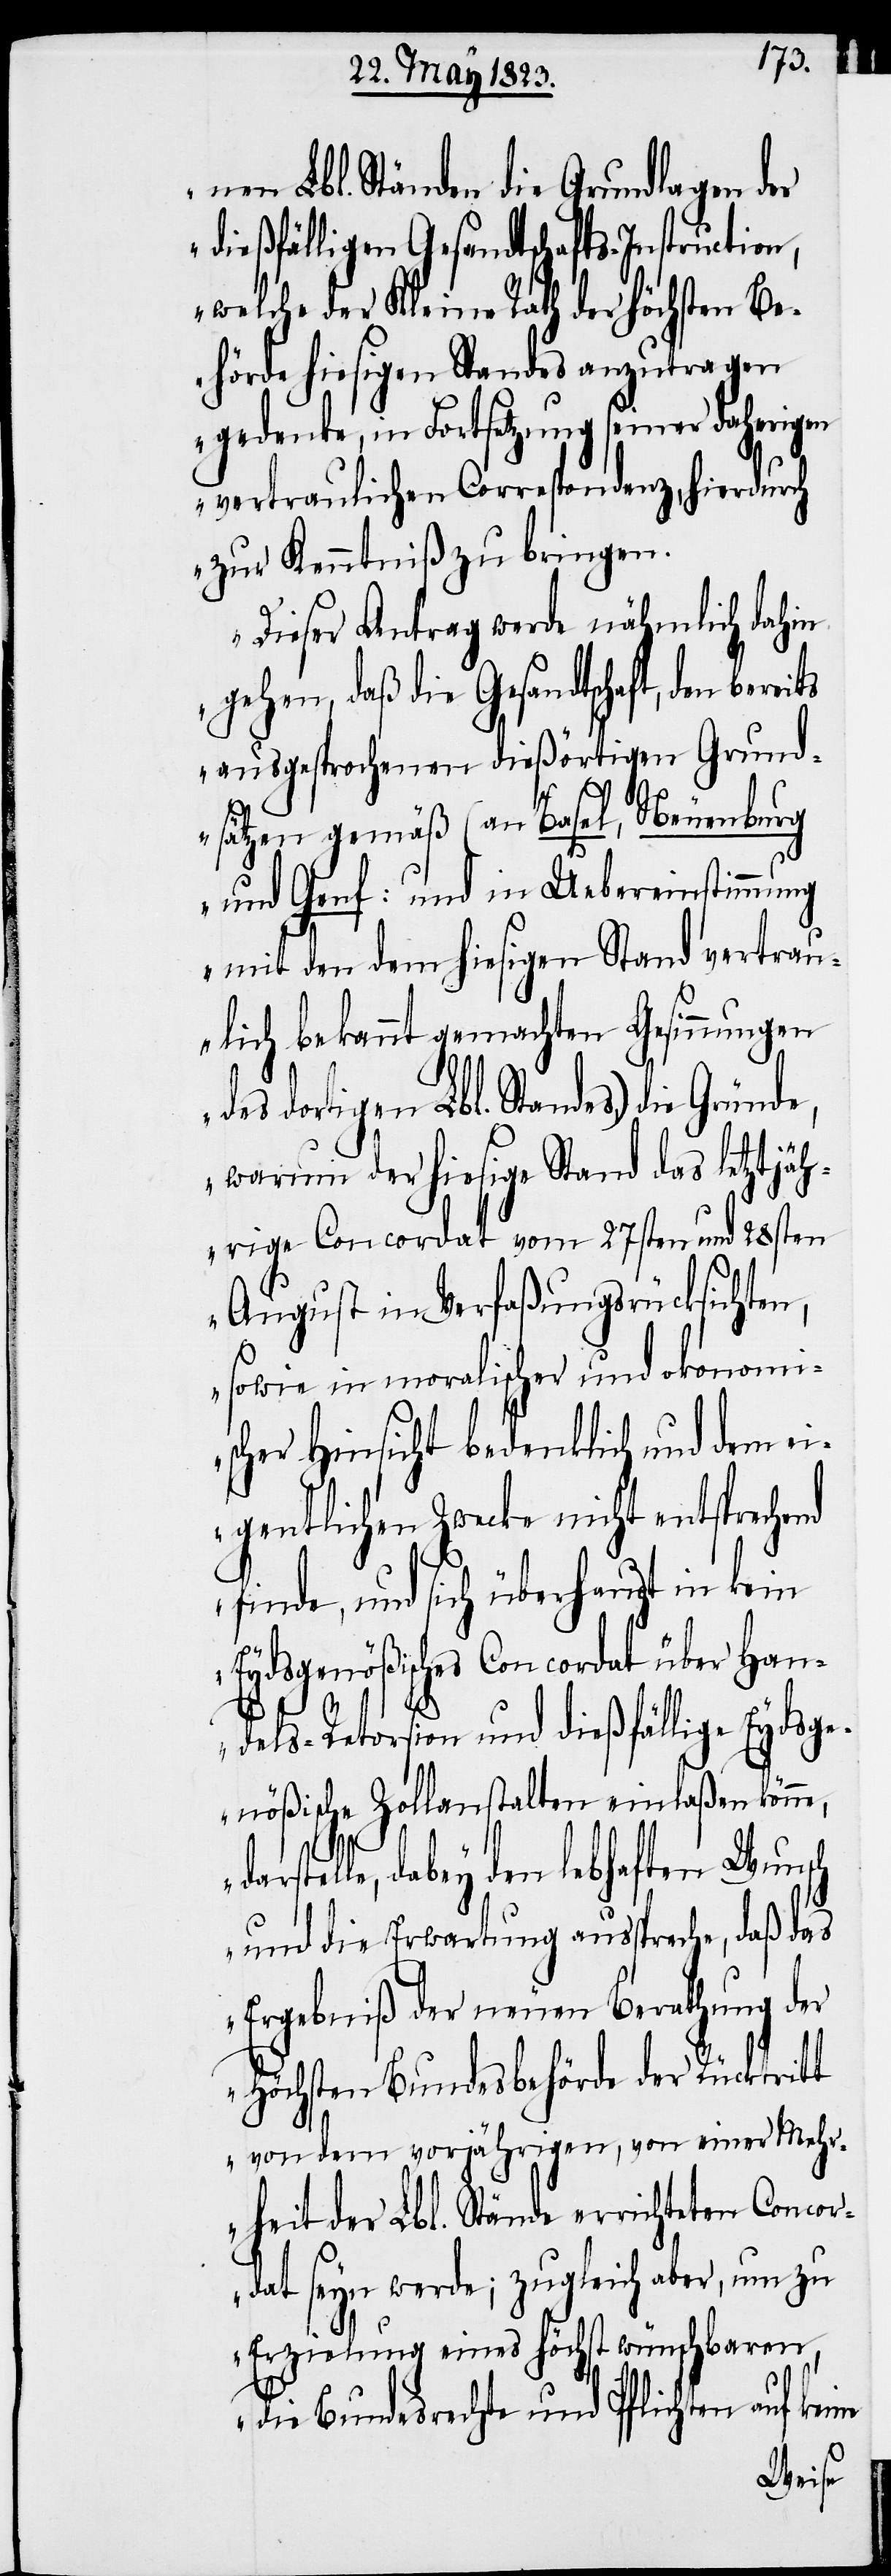
nd
nen Lbl. Ständen die Grundlagen der
dießfälligen Gesandtschafts-Instruction,
welche der Kleine Rath der höchsten Be¬
hörde hiesigen Standes anzutragen
gedenke, in Fortsetzung seiner daherigen
vertraulichen Correspondenz, hierdurch
zur Kenntniß zu bringen.
Dieser Antrag werde nähmlich dahin
gehen, daß die Gesandtschaft, den
ausgesprochenen dießörtigen Grund¬
sätzen gemäß (an Basel, Neuenburg
und Genf: und in Uebereinstimmung
mit den dem hiesigen Stand vertrau¬
lich bekannt gemachten Gesinnungen
des dortigen Lbl. Standes,) die
warum der hiesige Stand das letztjäh¬
rige Concordat vom 27sten und 28sten
August in Verfaßungsrücksichten,
sowie in moralischer und okonomi¬
Hinsicht bedenklich und dem ei¬
gentlichen Zwecke nicht entspreche¬
finde, und sich überhaupt in kein
Eydsgenößisches Concordat über Han¬
dels-Retorsion und dießfällige Eydsge¬
nößische Zollanstalten einlaßen könne,
telle, dabey den lebhaften Wunsch
und die Erwartung ausspreche, daß das
Ergebniß der neuen Berathung der
höchsten Bundesbehörde der Rücktritt
von dem vorjährigen, von einer Mehr¬
heit der Lbl. Stände errichteten Concor¬
dat seyn werde; zugleich aber, um zu
Erzielung eines höchst wünschbaren,
die Bundesrechte und Pflichten auf ke¬
ine